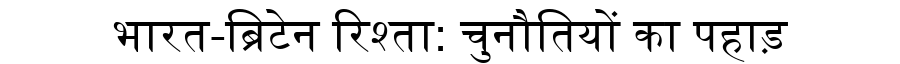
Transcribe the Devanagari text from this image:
भारत-ब्रिटेन रिश्ता: चुनौतियों का पहाड़